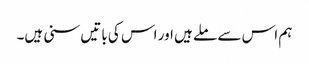
ہم اس سے ملے ہیں اور اس کی باتیں سنی ہیں۔